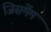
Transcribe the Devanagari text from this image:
जिसमेंम